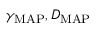
\gamma _ { \mathrm { M A P } } , D _ { \mathrm { M A P } }